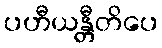
ပဟီယန္တီတိပေ